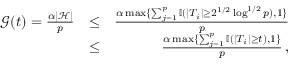
\begin{array} { r l r } { \mathcal { G } ( t ) = \frac { \alpha | { \mathcal { H } } | } { p } } & { \leq } & { \frac { \alpha \operatorname* { m a x } \{ \sum _ { j = 1 } ^ { p } { \mathbb { I } } ( | T _ { i } | \geq 2 ^ { 1 / 2 } \log ^ { 1 / 2 } p ) , 1 \} } { p } } \\ & { \leq } & { \frac { \alpha \operatorname* { m a x } \{ \sum _ { j = 1 } ^ { p } { \mathbb { I } } ( | T _ { i } | \geq t ) , 1 \} } { p } \, , } \end{array}